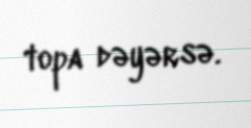
topa dəyərsə.